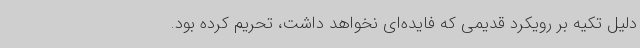
دلیل تکیه بر رویکرد قدیمی که فایده‌ای نخواهد داشت، تحریم کرده بود.